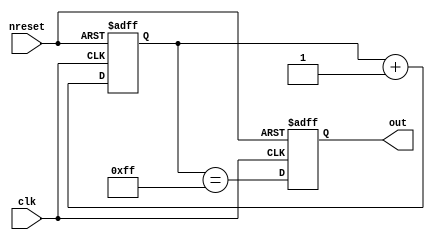
// This program was cloned from: https://github.com/siliconcompiler/scgallery
// License: Apache License 2.0

module heartbeat #(parameter N = 8)
   (
    //inputs
    input      clk, // clock
    input      nreset, //async active low reset
    //outputs
    output reg out //heartbeat
    );

   reg [N-1:0] counter_reg;

   always @ (posedge clk or negedge nreset)
     if(!nreset)
       begin
        counter_reg <= 'b0;
        out <= 1'b0;
       end
     else
       begin
        counter_reg[N-1:0] <= counter_reg[N-1:0] + 1'b1;
        out <= (counter_reg[N-1:0]=={(N){1'b1}});
       end

endmodule